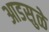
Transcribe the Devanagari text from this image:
आडसुळे